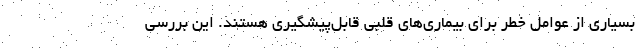
بسیاری از عوامل خطر برای بیماری‌های قلبی قابل‌پیشگیری هستند. این بررسی